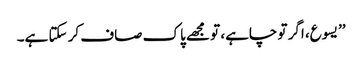
’’یسوع، اگر تو چاہے، تو مجھے پاک صاف کر سکتا ہے۔